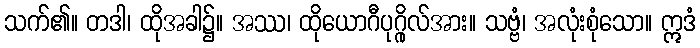
သက်၏။ တဒါ၊ ထိုအခါ၌။ အဿ၊ ထိုယောဂီပုဂ္ဂိုလ်အား။ သဗ္ဗံ၊ အလုံးစုံသော။ ဣဒံ